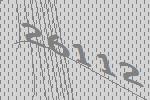
26112